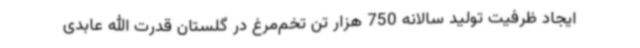
ایجاد ظرفیت تولید سالانه 750 هزار تن تخم‌مرغ در گلستان قدرت الله عابدی